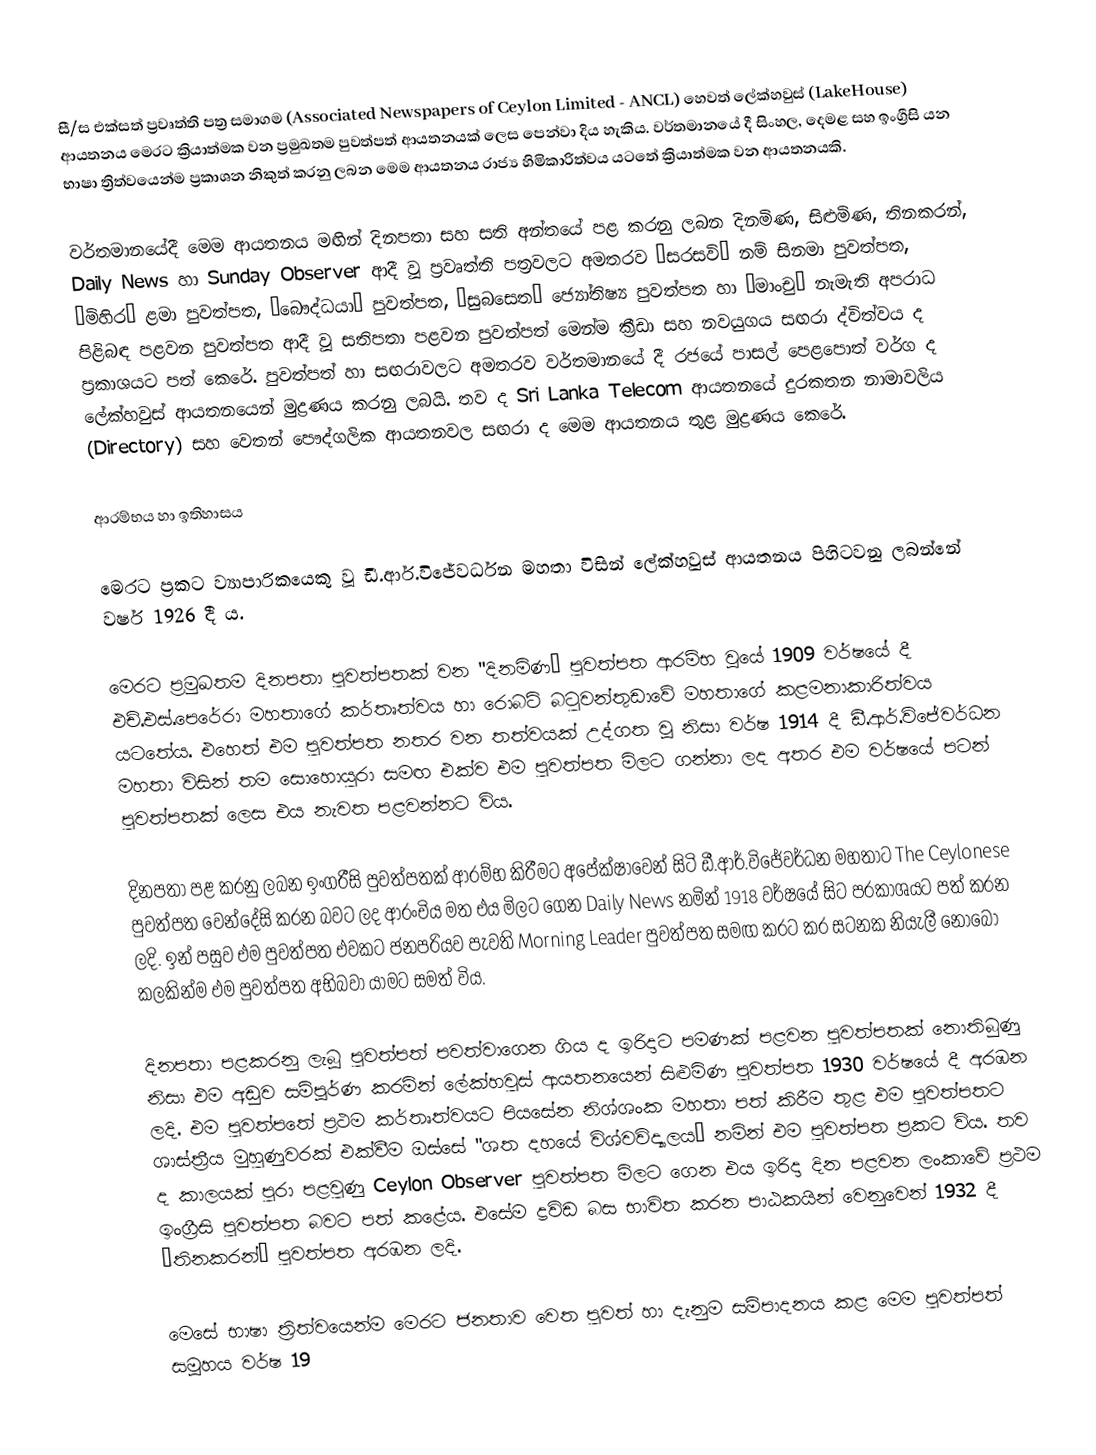
සී/ස එක්සත් ප්‍රවෘත්ති පත්‍ර සමාගම (Associated Newspapers of Ceylon Limited - ANCL) හෙවත් ලේක්හවුස් (LakeHouse) ආයතනය මෙරට ක්‍රියාත්මක වන ප්‍රමුඛතම පුවත්පත් ආයතනයක් ලෙස පෙන්වා දිය හැකිය. වර්තමානයේ දී සිංහල, දෙමළ සහ ඉංග්‍රීසි යන භාෂා ත්‍රිත්වයෙන්ම ප්‍රකාශන නිකුත් කරනු ලබන මෙම ආයතනය රාජ්‍ය හිමිකාරිත්වය යටතේ ක්‍රියාත්මක වන ආයතනයකි.

වර්තමානයේදී මෙම ආයතනය මඟින් දිනපතා සහ සති අන්තයේ පළ කරනු ලබන දිනමිණ, සිළුමිණ, තිනකරන්, Daily News හා Sunday Observer ආදී වූ ප්‍රවෘත්ති පත්‍රවලට අමතරව “සරසවි” නම් සිනමා පුවත්පත, “මිහිර” ළමා පුවත්පත, “බෞද්ධයා” පුවත්පත, “සුබසෙත” ජ්‍යෝතිෂ්‍ය පුවත්පත හා “මාංචු” නැමැති අපරාධ පිළිබඳ පළවන පුවත්පත ආදී වූ සතිපතා පළවන පුවත්පත් මෙන්ම ක්‍රීඩා සහ නවයුගය සඟරා ද්විත්වය ද ප්‍රකාශයට පත් කෙරේ. පුවත්පත් හා සඟරාවලට අමතරව වර්තමානයේ දී රජයේ පාසල් පෙළපොත් වර්ග ද ලේක්හවුස් ආයතනයෙන් මුද්‍රණය කරනු ලබයි. තව ද Sri Lanka Telecom ආයතනයේ දුරකතන නාමාවලිය (Directory) සහ වෙතන් පෞද්ගලික ආයතනවල සඟරා ද මෙම ආයතනය තුළ මුද්‍රණය කෙරේ.

ආරම්භය හා ඉතිහාසය

මෙරට ප‍්‍රකට ව්‍යාපාරිකයෙකු වූ ඩී.ආර්.විජේවර්ධන මහතා විසින් ලේක්හවුස් ආයතනය පිහිටවනු ලබන්නේ වර්ෂ 1926 දී ය.

මෙරට ප්‍රමුඛතම දිනපතා පුවත්පතක් වන "දිනමිණ” පුවත්පත ආරම්භ වූයේ 1909 වර්ෂයේ දී එච්.එස්.පෙරේරා මහතාගේ කර්තෘත්වය හා රොබට් බටුවන්තුඩාවේ මහතාගේ කළමනාකාරිත්වය යටතේය. එහෙත් එම පුවත්පත නතර වන තත්වයක් උද්ගත වූ නිසා  වර්ෂ 1914 දී ඩී.ආර්.විජේවර්ධන මහතා විසින් තම සොහොයුරා සමඟ එක්ව එම පුවත්පත මිලට ගන්නා ලද අතර එම වර්ෂයේ පටන් පුවත්පතක් ලෙස එය නැවත පළවන්නට විය.

දිනපතා පළ කරනු ලබන ඉංග‍්‍රීසි පුවත්පතක් ආරම්භ කිරීමට අපේක්ෂාවෙන් සිටි ඩී.ආර්.විජේවර්ධන මහතාට The Ceylonese පුවත්පත වෙන්දේසි කරන බවට ලද ආරංචිය මත එය මිලට ගෙන Daily News  නමින් 1918 වර්ෂයේ සිට ප‍්‍රකාශයට පත් කරන ලදි. ඉන් පසුව එම පුවත්පත එවකට ජනප‍්‍රියව පැවති Morning Leader පුවත්පත සමඟ කරට කර සටනක නියැලී නොබෝ කලකින්ම එම පුවත්පත අභිබවා යාමට සමත් විය.

දිනපතා පළකරනු ලැබූ පුවත්පත් පවත්වාගෙන ගිය ද ඉරිදාට පමණක් පළවන පුවත්පතක් නොතිබුණු නිසා එම අඩුව සම්පූර්ණ කරමින් ලේක්හවුස් ආයතනයෙන් සිළුමිණ පුවත්පත 1930 වර්ෂයේ දී අරඹන ලදි. එම පුවත්පතේ ප‍්‍රථම කර්තෘත්වයට පියසේන නිශ්ශංක මහතා පත් කිරීම තුළ එම පුවත්පතට ශාස්ත‍්‍රීය මුහුණුවරක් එක්වීම ඔස්සේ "ශත දහයේ විශ්වවිද්‍යාලය” නමින් එම පුවත්පත ප‍්‍රකට විය. තව ද කාලයක් පුරා පළවුණු Ceylon Observer පුවත්පත මිලට ගෙන එය ඉරිදා දින පළවන ලංකාවේ ප‍්‍රථම ඉංග‍්‍රීසි පුවත්පත බවට පත් කළේය. එසේම ද්‍රවිඩ බස භාවිත කරන පාඨකයින් වෙනුවෙන් 1932 දී  ”තිනකරන්” පුවත්පත අරඹන ලදි.

මෙසේ භාෂා ත‍්‍රිත්වයෙන්ම මෙරට ජනතාව වෙත පුවත් හා දැනුම සම්පාදනය කළ මෙම පුවත්පත් සමූහය වර්ෂ 19